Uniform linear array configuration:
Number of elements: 8
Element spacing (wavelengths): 0.25
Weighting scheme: hamming
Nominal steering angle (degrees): -60
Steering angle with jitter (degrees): -59.711
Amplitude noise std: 0.05
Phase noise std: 0.05

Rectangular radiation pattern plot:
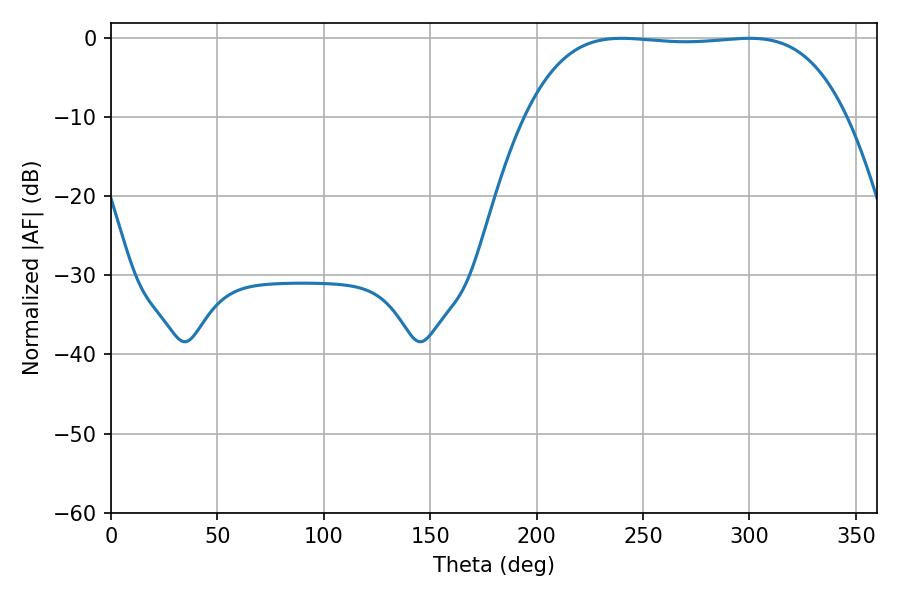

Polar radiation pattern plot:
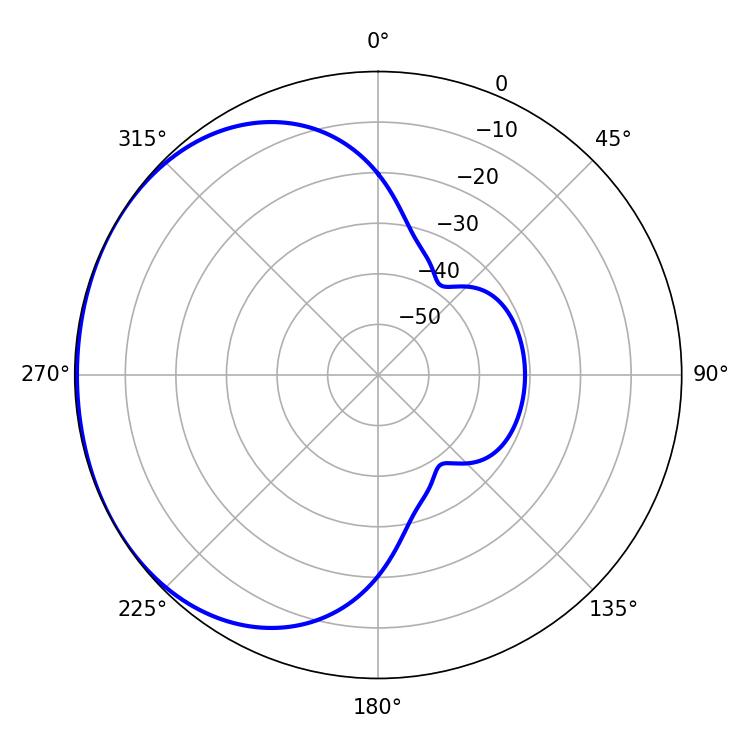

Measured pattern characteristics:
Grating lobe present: FALSE
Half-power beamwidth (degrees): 117.72
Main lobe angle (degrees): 239.94